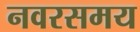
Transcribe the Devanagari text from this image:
नवरसमय